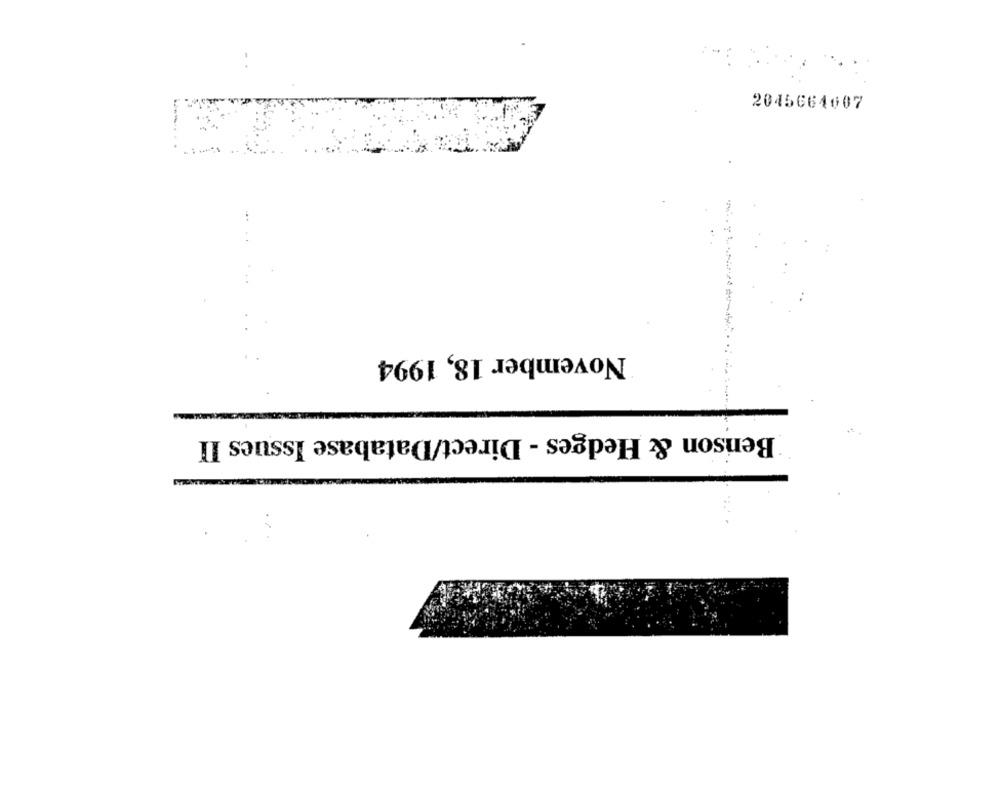
2045664607
November 18, 1994
Benson & Hedges - Direct/Database Issues II